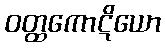
ဝတ္ထကောဋိယော